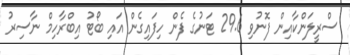
ސްރީލަންކާއިން ފޮނުވި 29.6 ޓަނުގެ ފެން ހިފައިގެން އައި ބޯޓު އިބްރާހިމް ނާސިރު